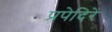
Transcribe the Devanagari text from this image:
प्रपेदिरे